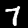
Label: 7